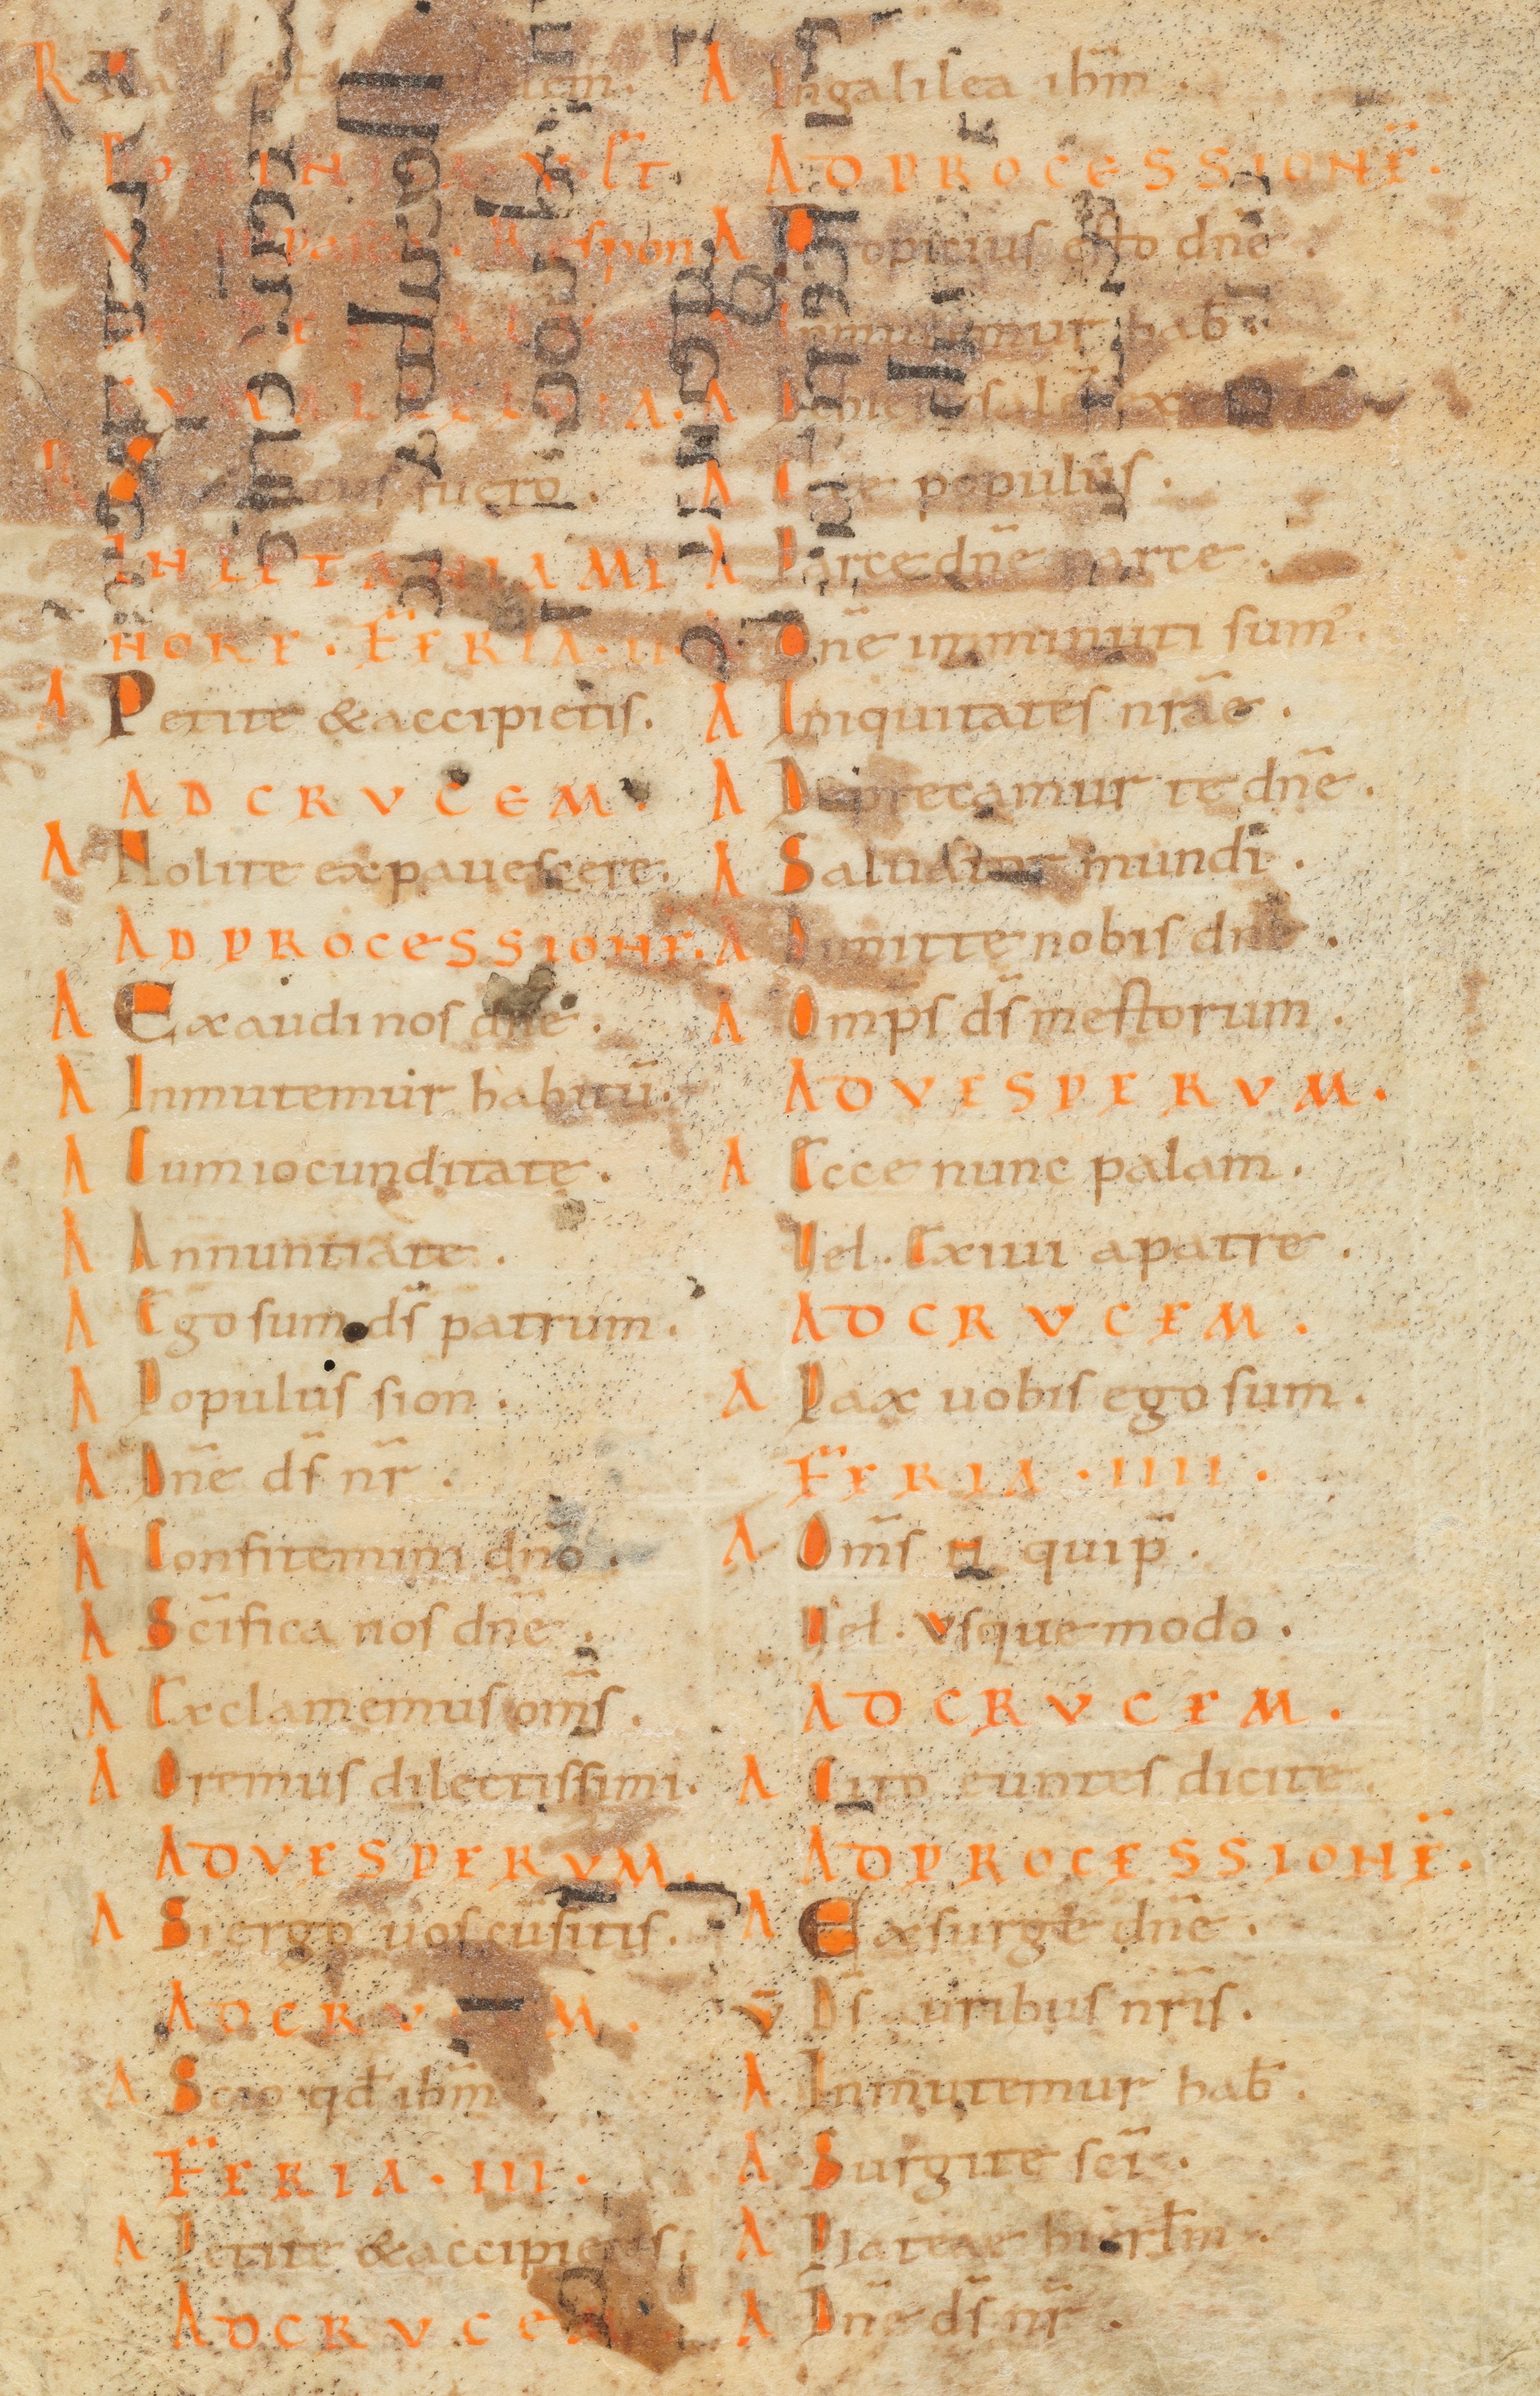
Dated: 800–999